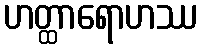
ဟတ္ထာရောဟဿ